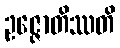
ဥဇ္ဇောတိဿတိ